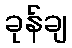
ခုန်ချ